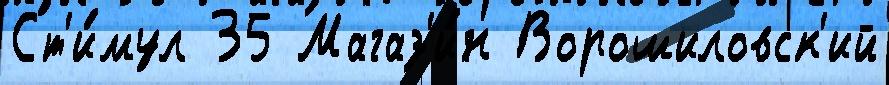
Ст'и́мул 35 Магаз'и́н Ворошиловск'ий